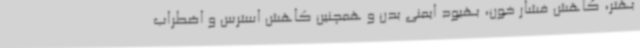
بهتر، کاهش فشار خون، بهبود ایمنی بدن و همچنین کاهش استرس و اضطراب